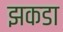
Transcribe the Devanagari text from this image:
झकडा